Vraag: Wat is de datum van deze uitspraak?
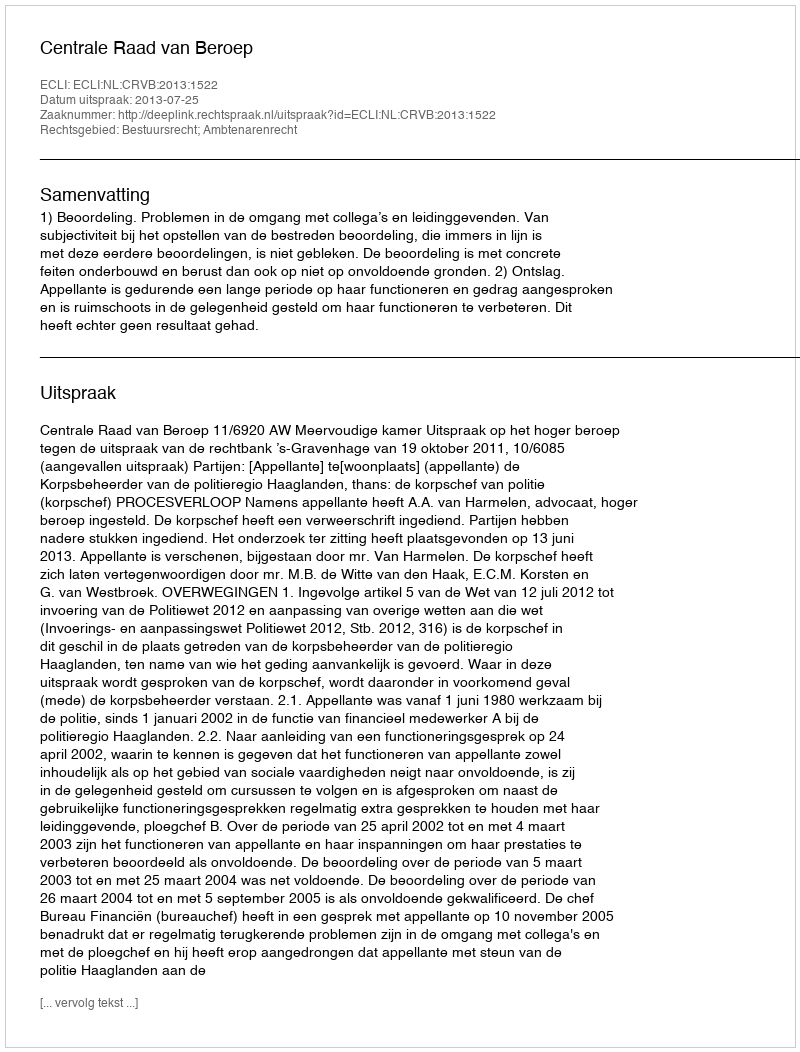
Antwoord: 2013-07-25